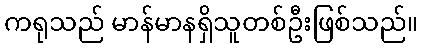
ကရုသည် မာန်မာနရှိသူတစ်ဦးဖြစ်သည်။